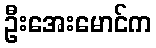
ဦးအေးမောင်က